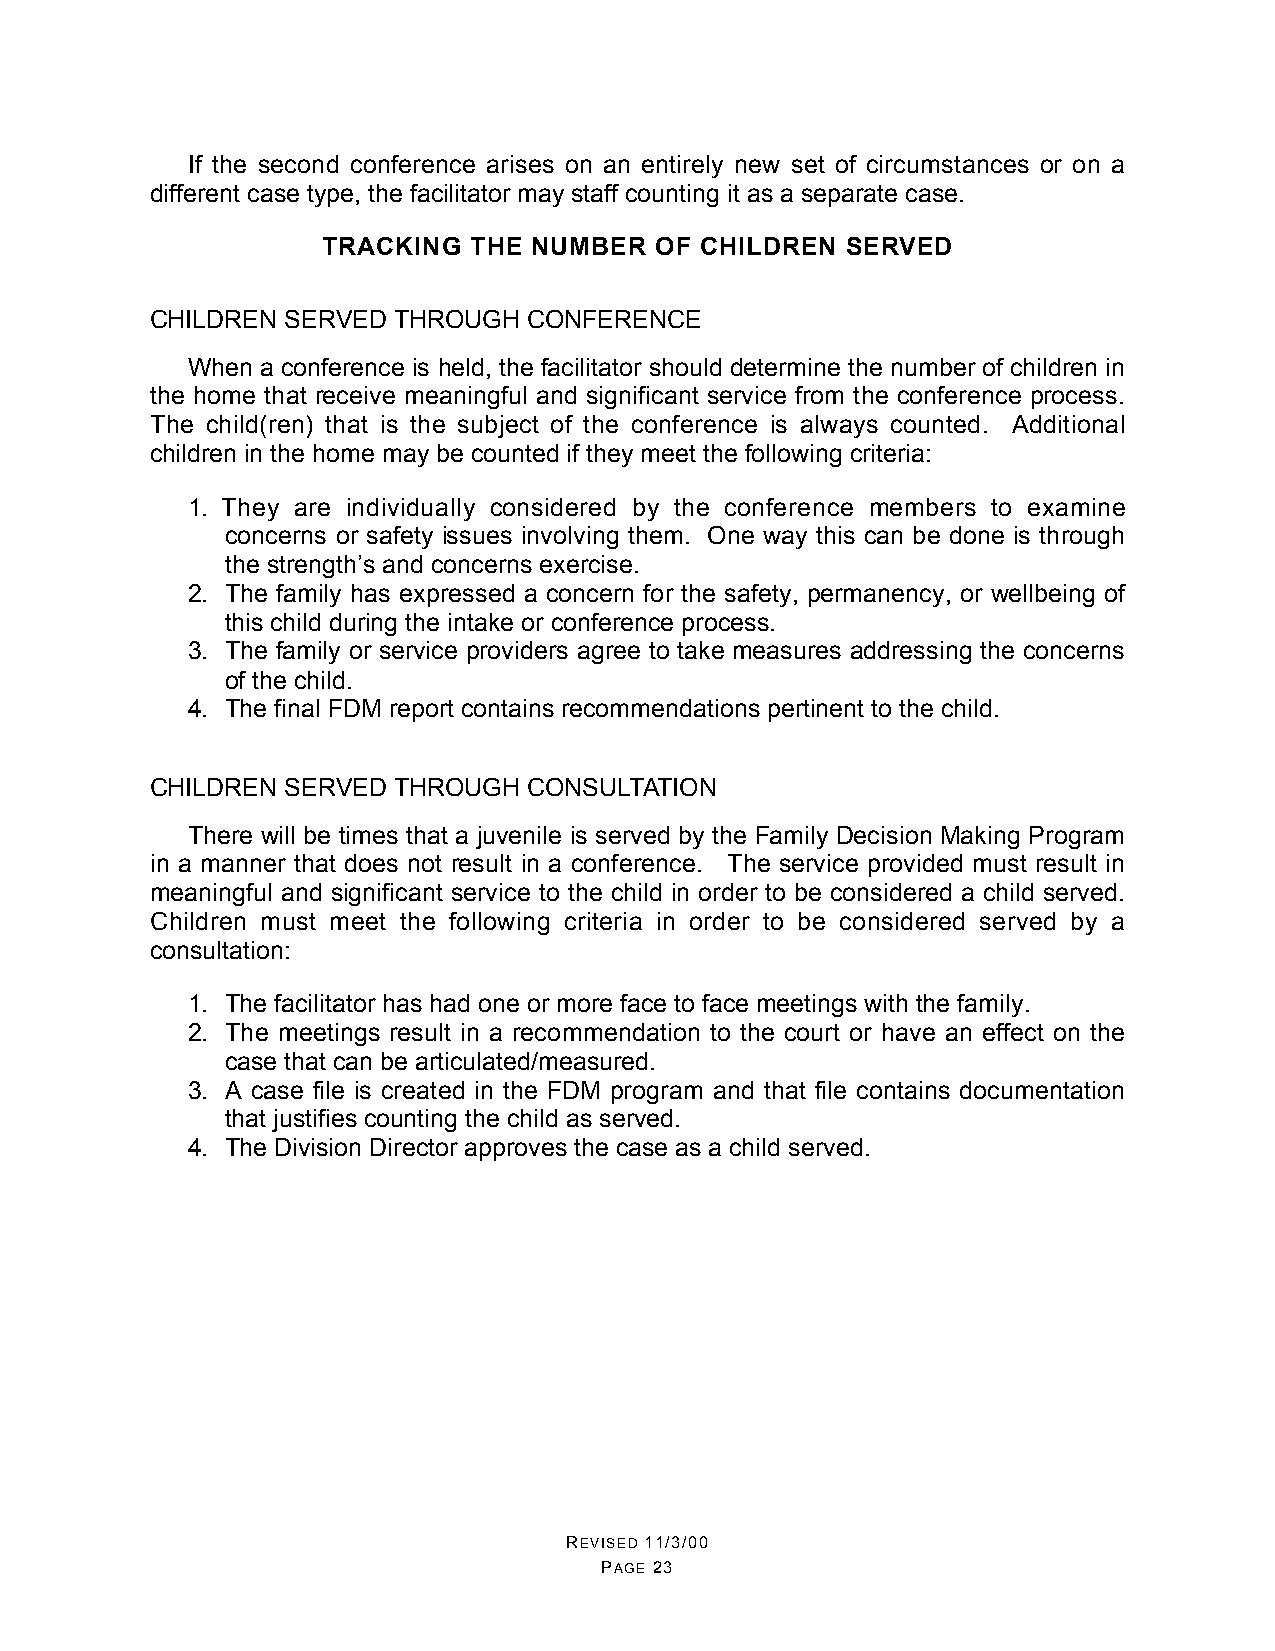
If the second conference arises on an entirely new set of circumstances or on a
 different case type, the facilitator may staff counting it as a separate case.
 TRACKING  THE NUMBER  OF CHILDREN  SERVED
 CHILDREN SERVED THROUGH  CONFERENCE
 When a conference is held, the facilitator should determine the number of children in
 the home that receive meaningful and significant service from the conference process.
 The child(ren) that is the subject of the conference is always counted. Additional
 children in the home may be counted if they meet the following criteria:
 1. They are individually considered by the conference members to examine
 concerns or safety issues involving them. One way this can be done is through
 the strength’s and concerns exercise.
 2. The family has expressed a concern for the safety, permanency, or wellbeing of
 this child during the intake or conference process.
 3. The family or service providers agree to take measures addressing the concerns
 of the child.
 4. The final FDM report contains recommendations pertinent to the child.
 CHILDREN SERVED THROUGH  CONSULTATION
 There will be times that a juvenile is served by the Family Decision Making Program
 in a manner that does not result in a conference. The service provided must result in
 meaningful and significant service to the child in order to be considered a child served.
 Children must meet the following criteria in order to be considered served by a
 consultation:
 1. The facilitator has had one or more face to face meetings with the family.
 2. The meetings result in a recommendation to the court or have an effect on the
 case that can be articulated/measured.
 3. A case file is created in the FDM program and that file contains documentation
 that justifies counting the child as served.
 4. The Division Director approves the case as a child served.
 REVISED 11/3/00
 PAGE 23